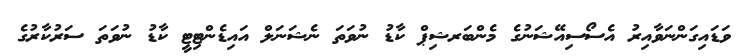
ވަޑައިގަންނަވާއިރު އެސޯސިއޭޝަނުގެ މެންބަރޝިޕް ކާޑު ނުވަތަ ނެޝަނަލް އައިޑެންޓިޓީ ކާޑު ނުވަތަ ސަރުކާރުގެ